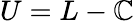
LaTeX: U=L-\mathbb{C}